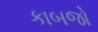
કાબજો